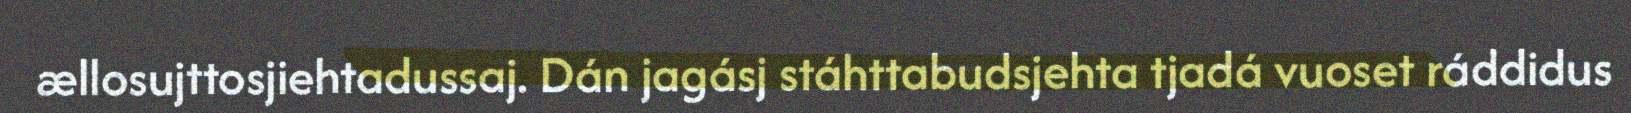
ællosujttosjiehtadussaj. Dán jagásj stáhttabudsjehta tjadá vuoset ráddidus